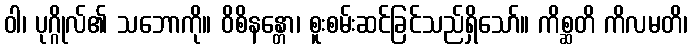
ဝါ၊ ပုဂ္ဂိုလ်၏ သဘောကို။ ဝိစိနန္တော၊ စူးစမ်းဆင်ခြင်သည်ရှိသော်။ ကိစ္ဆတိ ကိလမတိ၊